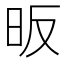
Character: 昄